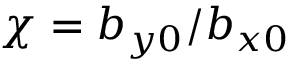
\chi = b _ { y 0 } / b _ { x 0 }